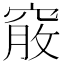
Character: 𥦵